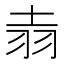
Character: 𫅢